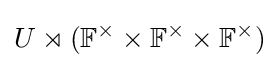
U\rtimes (\mathbb {F} ^{\times }\times \mathbb {F} ^{\times }\times \mathbb {F} ^{\times })